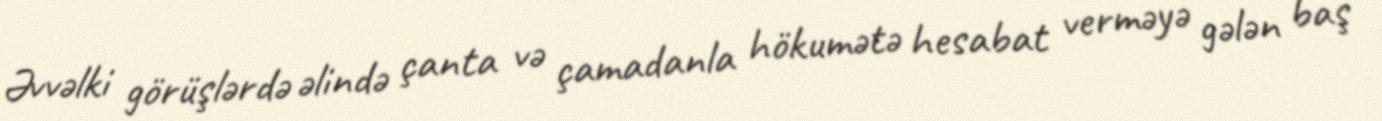
Əvvəlki görüşlərdə əlində çanta və çamadanla hökumətə hesabat verməyə gələn baş